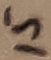
Text: 15